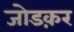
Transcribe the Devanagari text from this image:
जोडक़र